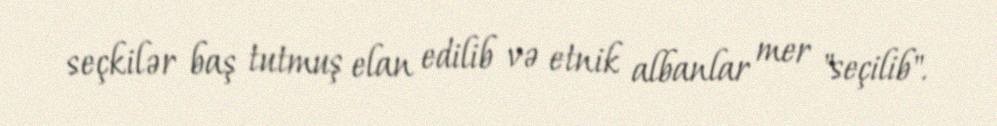
seçkilər baş tutmuş elan edilib və etnik albanlar mer "seçilib".